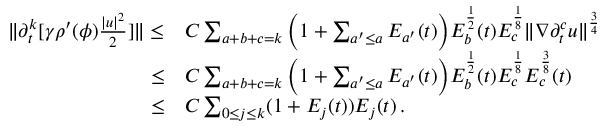
\begin{array} { r l } { \| \partial _ { t } ^ { k } [ \gamma \rho ^ { \prime } ( \phi ) \frac { | u | ^ { 2 } } { 2 } ] \| \leq } & { C \sum _ { a + b + c = k } \Big ( 1 + \sum _ { a ^ { \prime } \leq a } E _ { a ^ { \prime } } ( t ) \Big ) E _ { b } ^ { \frac { 1 } { 2 } } ( t ) E _ { c } ^ { \frac { 1 } { 8 } } \| \nabla \partial _ { t } ^ { c } u \| ^ { \frac { 3 } { 4 } } } \\ { \leq } & { C \sum _ { a + b + c = k } \Big ( 1 + \sum _ { a ^ { \prime } \leq a } E _ { a ^ { \prime } } ( t ) \Big ) E _ { b } ^ { \frac { 1 } { 2 } } ( t ) E _ { c } ^ { \frac { 1 } { 8 } } E _ { c } ^ { \frac { 3 } { 8 } } ( t ) } \\ { \leq } & { C \sum _ { 0 \leq j \leq k } ( 1 + E _ { j } ( t ) ) E _ { j } ( t ) \, . } \end{array}